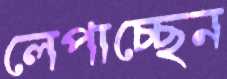
লেপাচ্ছেন